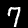
Digit: 7